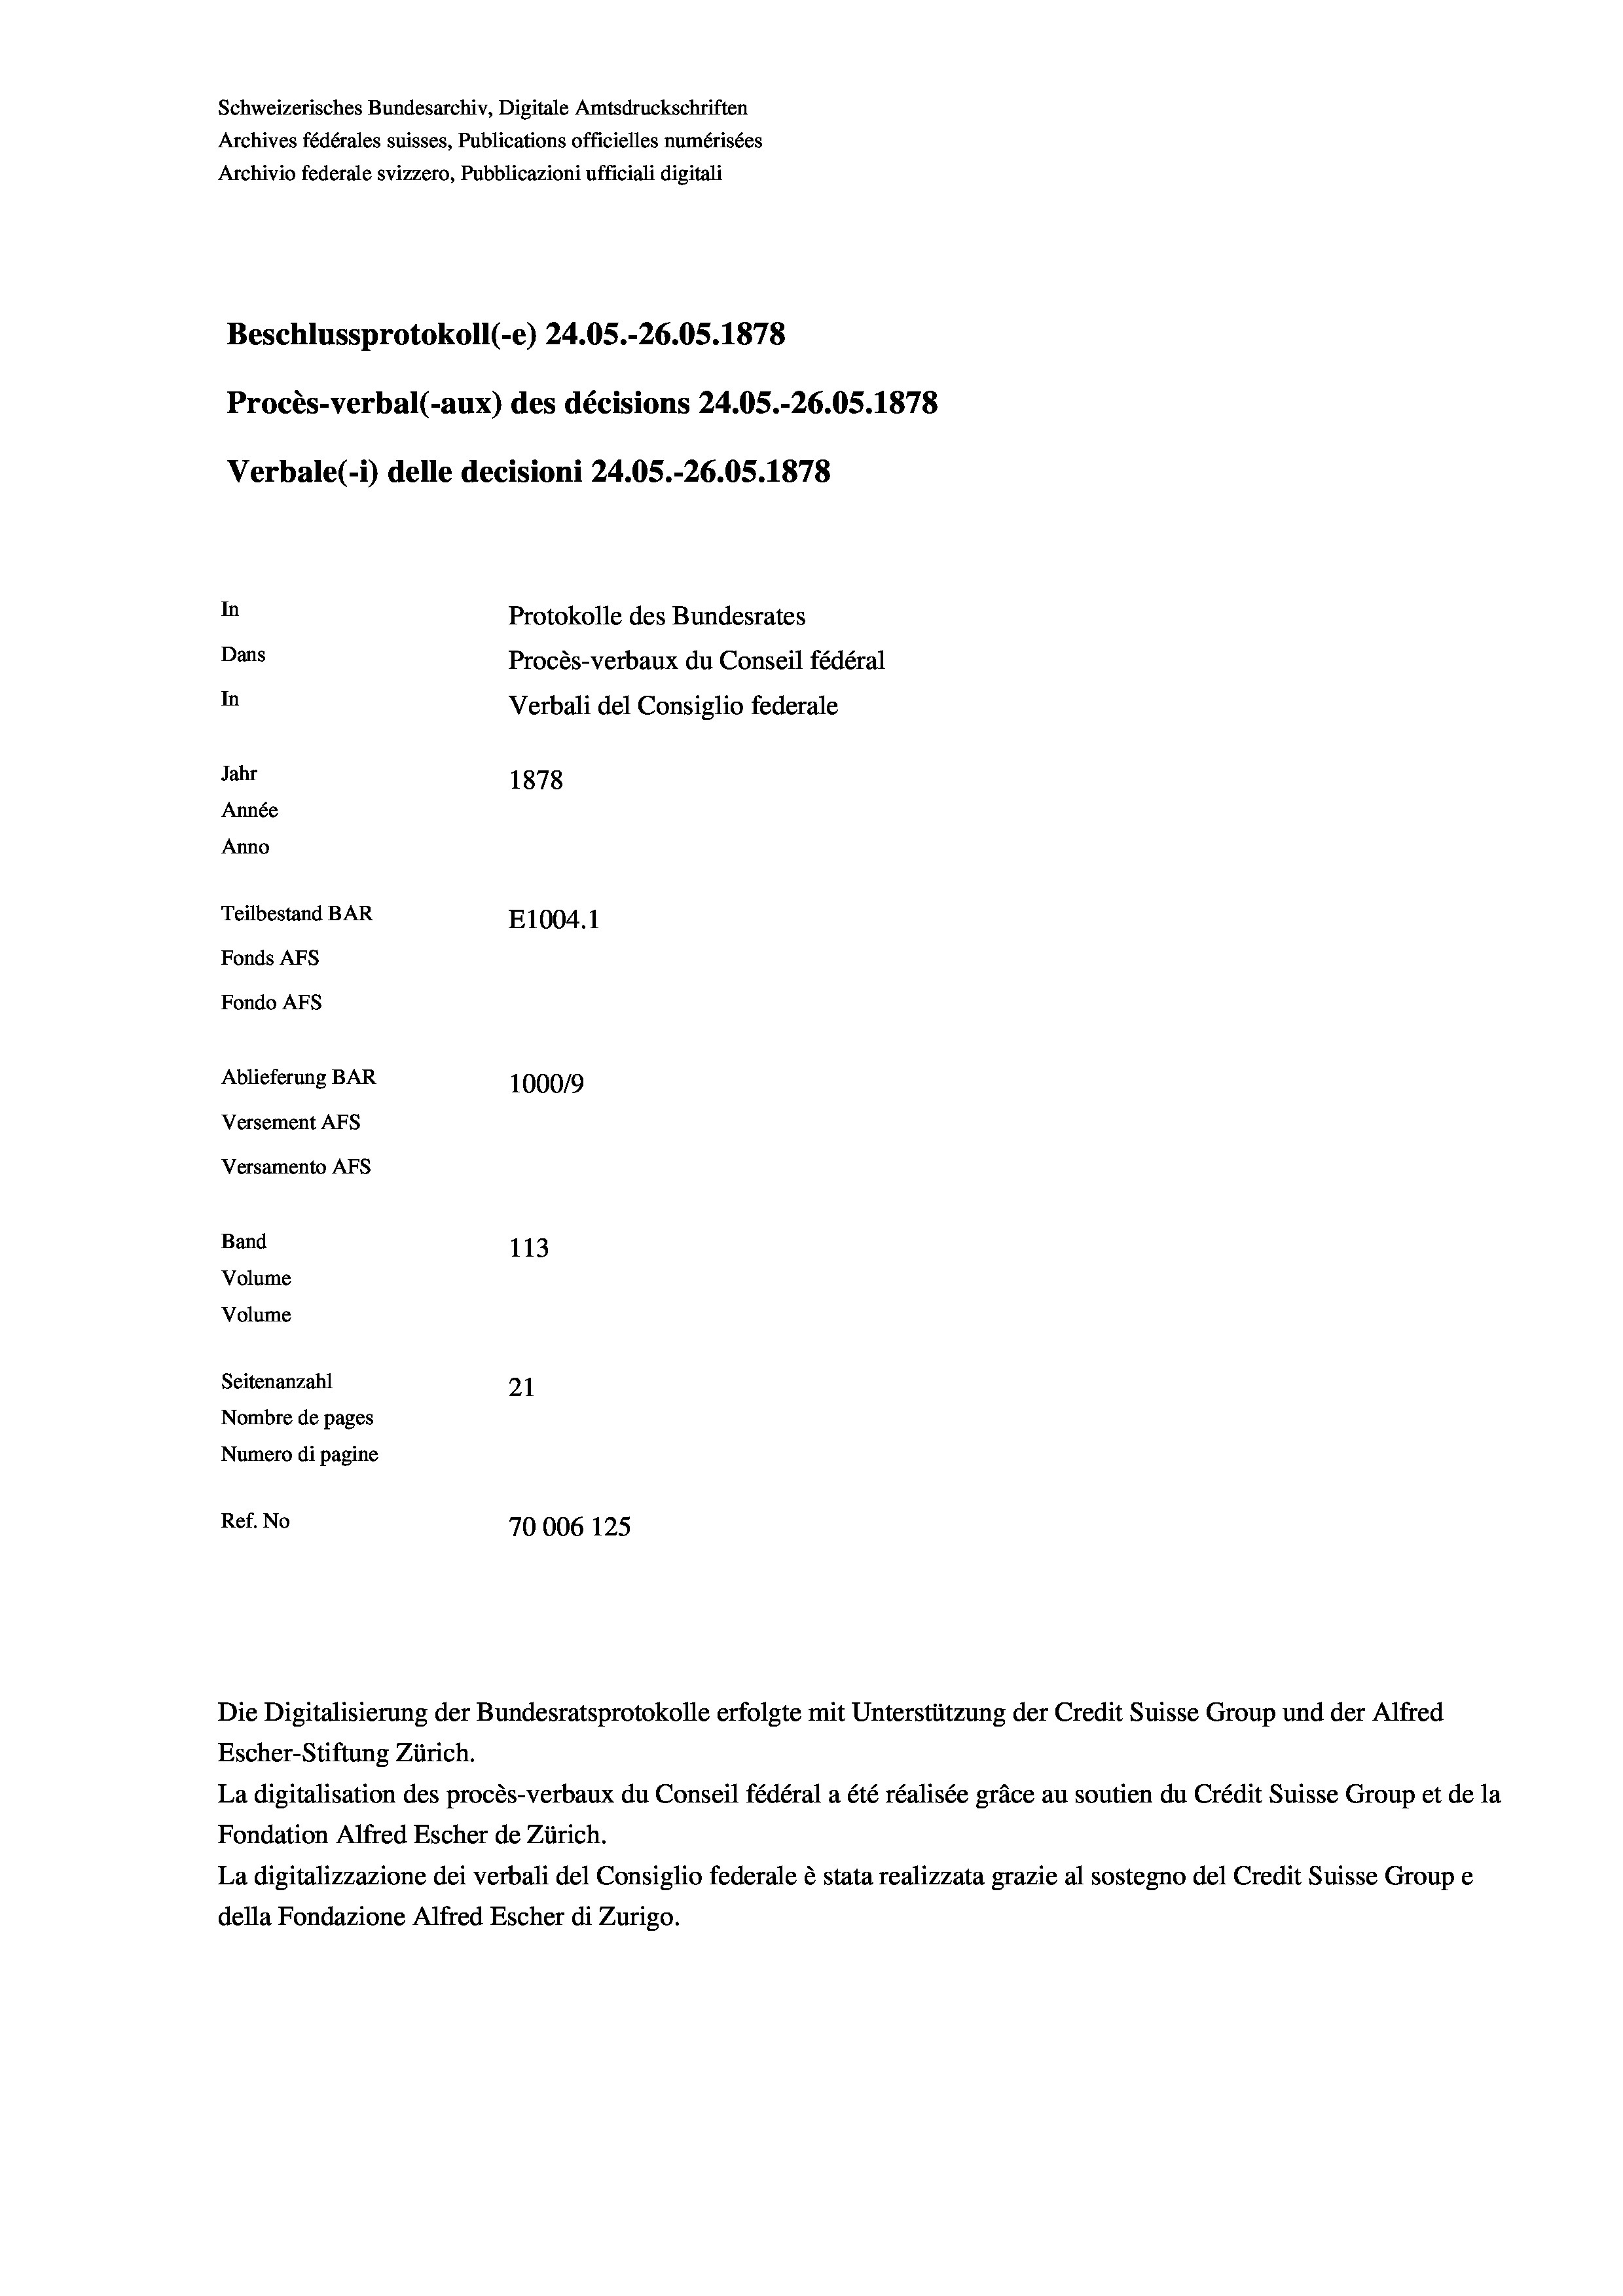
Schweizerisches Bundesarchiv, Digitale Amtsdruckschriften
Archives fédérales suisses, Publications officielles numérisées
Archivio federale svizzero, Pubblicazioni ufficiali digitali
Beschlussprotokoll (-e) 24.05.-26.05. 1878
Procès-verbal (-aux) des décisions 24.05.-26.05. 1878
Verbale (1) delle decisioni 24.05.-26.05. 1878
In
Protokolle des Bundesrates
Dans
Procès-verbaux du Conseil fédéral
In
Verbali del Consiglio federale
Jahr
1878
Année
Anno
Teilbestand BAR
E1004. 1
Fonds AFs
Fondo Afs
Ablieferung BAR
100019
Versement AFs
Versamento Afs
Band
113
Volume
Volume
Seitenanzahl
21
Nombre de pages
Numero di pagine
Ref. No
70006 125

Escher-Stiftung Zürich.
La digitalisation des procès-verbaux du Conseil fédéral a été réalisée gräce au soutien du Crédit Suisse Group et de la
Fondation Alfred Escher de Zürich.
La digitalizzazione dei verbali del Consiglio federale è stata realizzata grazie al sostegno del Credit Suisse Groupe
della Fondazione Alfred Escher di Zurigo.

Die Digitalisierung der Bundesratsprotokolle erfolgte mit Unterstützung der Credit Suisse Group und der Alfred